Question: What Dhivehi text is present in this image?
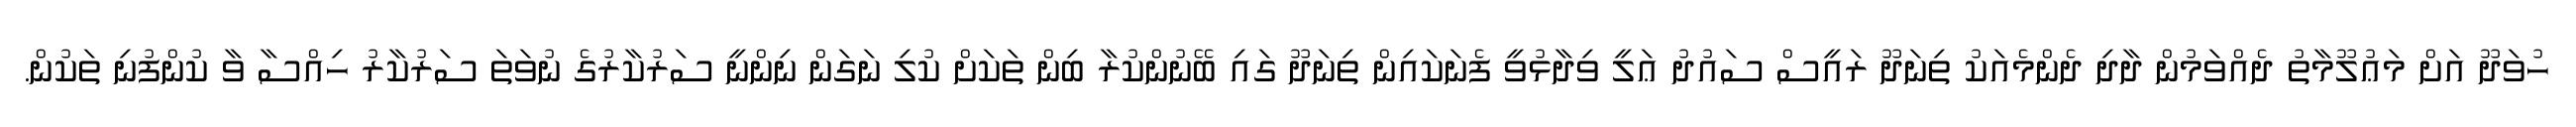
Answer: ހުވަދޫ އަށް މަޢުލޫމާތު ދެއްވަމުން ދާދި ދެންމެއަކު ތިނަދޫ ރައީސް ސައުދު ޢަލީ ވިދާޅުވީ ފެނަކައިން ތިނަދޫ ގައި ބޭނުންކުރާ ބިން ތަކަށް ކުލި ނަގަން ނިންނީ ސަރުކާރުގެ ނުވަތަ ސަރުކާރު ހިއްސާ ވާ ކުންފުނި ތަކުން.